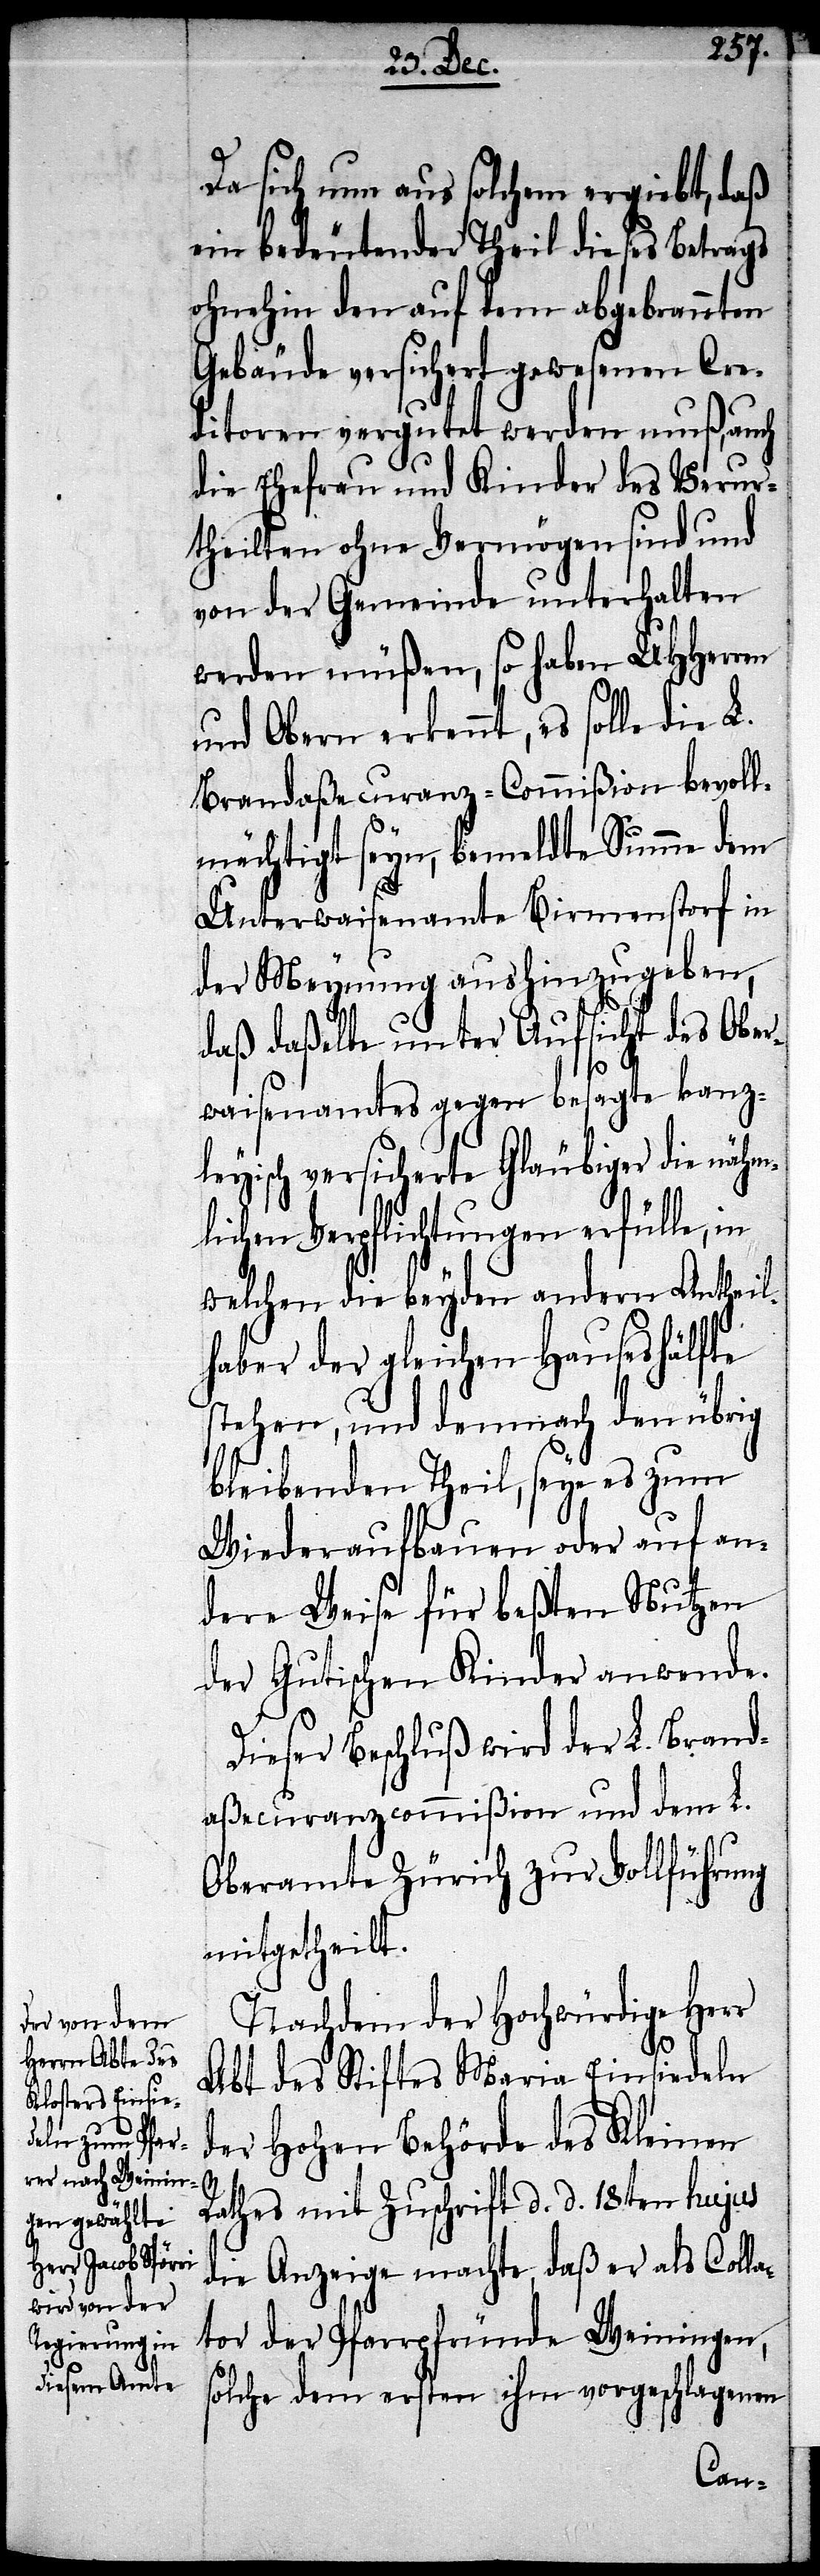
Da sich nun aus solchem ergiebt, daß
ein bedeutender Theil dieses Betrags
ohnehin den auf dem abgebrannten
Gebäude versichert gewesenen Cre¬
ditoren vergutet werden muß, auch
die Ehefrau und Kinder des Verur¬
theilten ohne Vermögen sind und
von der Gemeinde unterhalten
werden müßen, so haben UHHerren
und Obern erkennt, es solle die L.
Brandaßecuranz-Commißion bevoll¬
mächtigt seyn, bemeldte Summe dem
Unterwaisenamte Birmenstorf in
der Meynung aushinzugeben,
daß daßelbe unter Aufsicht des Ober¬
waisenamtes gegen besagte kanz¬
leyisch versicherte Gläubiger die nähm¬
lichen Verpflichtungen erfülle, in
welchen die beyden andern Antheil¬
haber der gleichen Hauseshälfte
stehen, und demnach den übrig
bleibenden Theil, seye es zum
Wiederaufbauen oder auf an¬
dere Weise für beßten Nutzen
der Gutischen Kinder anwende.
Dieser Beschluß wird der L. Brand¬
aßecuranz-Commißion und dem L.
Oberamte Zürich zur Vollführung
mitgetheilt.
Nachdem der Hochwürdige Herr
Abt des Stiftes Maria Einsiedeln
der Hohen Behörde des Kleinen
Rathes mit Zuschrift d. d. 18ten hujus
die Anzeige machte, daß er als Colla¬
tor der Pfarrpfründe Weiningen,
solche dem ersten ihm vorgeschlagenen